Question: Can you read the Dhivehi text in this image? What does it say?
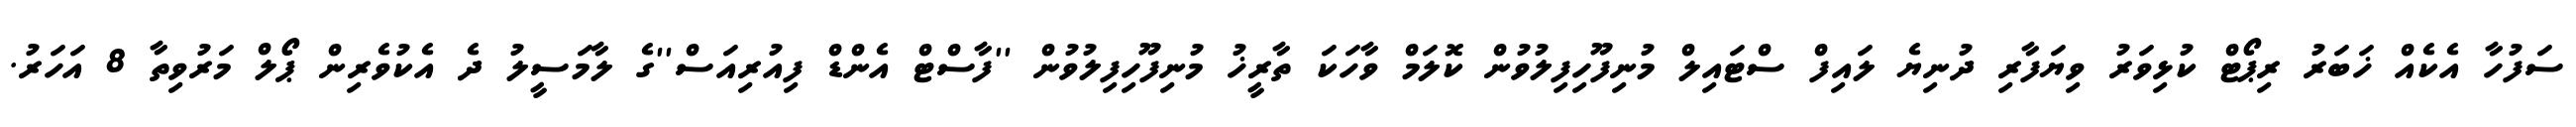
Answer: ސަފުހާ އެކެއް ޚަބަރު ރިޕޯޓް ކުޅިވަރު ވިޔަފާރި ދުނިޔެ ލައިފް ސްޓައިލް މުނިފޫހިފިލުވުން ކޮލަމް ވާހަކަ ތާރީޚު މުނިފޫހިފިލުވުން ''ފާސްޓް އެންޑް ފިއުރިއަސް''ގެ ލާމަސީލު ދެ އެކުވެރިން ޕޯލް މަރުވިތާ 8 އަހަރު.